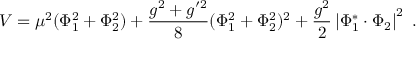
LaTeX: V = \mu ^ { 2 } ( \Phi _ { 1 } ^ { 2 } + \Phi _ { 2 } ^ { 2 } ) + \frac { g ^ { 2 } + g ^ { \prime 2 } } { 8 } ( \Phi _ { 1 } ^ { 2 } + \Phi _ { 2 } ^ { 2 } ) ^ { 2 } + \frac { g ^ { 2 } } { 2 } \left| \Phi _ { 1 } ^ { * } \cdot \Phi _ { 2 } \right| ^ { 2 } \; .